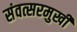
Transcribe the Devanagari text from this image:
संवत्सरमुखी